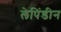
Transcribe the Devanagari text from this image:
लेपिंडीन